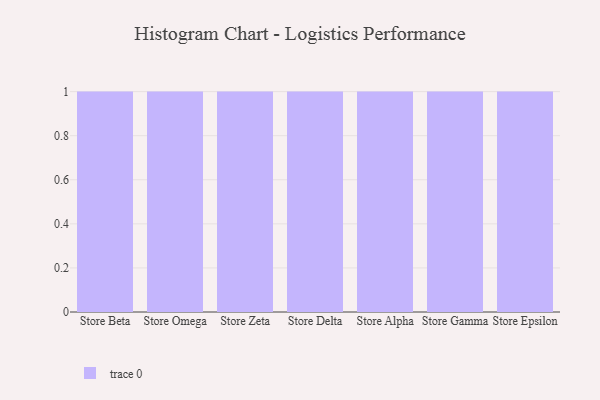
{"axis": {"x": "Store", "y": "Backlog"}, "legend": [""], "data": [{"x": "Store Beta", "y": 12, "type": ""}, {"x": "Store Omega", "y": 91, "type": ""}, {"x": "Store Zeta", "y": 39, "type": ""}, {"x": "Store Delta", "y": 8, "type": ""}, {"x": "Store Alpha", "y": 61, "type": ""}, {"x": "Store Gamma", "y": 80, "type": ""}, {"x": "Store Epsilon", "y": 11, "type": ""}]}